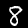
Label: 8